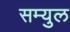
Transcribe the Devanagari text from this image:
सम्युल